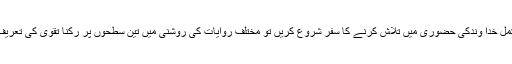
اگر پرہیز گاری کو مکمل خدا وندکی حضوری میں تلاش کرنے کا سفر شروع کریں تو مختلف روایات کی روشنی میں تین سطحوں پر رُکنا تقویٰ کی تعریف کی عکاسی کرتا ہے۔